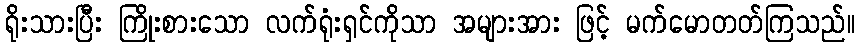
ရိုးသားပြီး ကြိုးစားသော လက်ရုံးရှင်ကိုသာ အများအား ဖြင့် မက်မောတတ်ကြသည်။